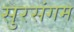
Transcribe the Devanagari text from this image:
सुरसंगम